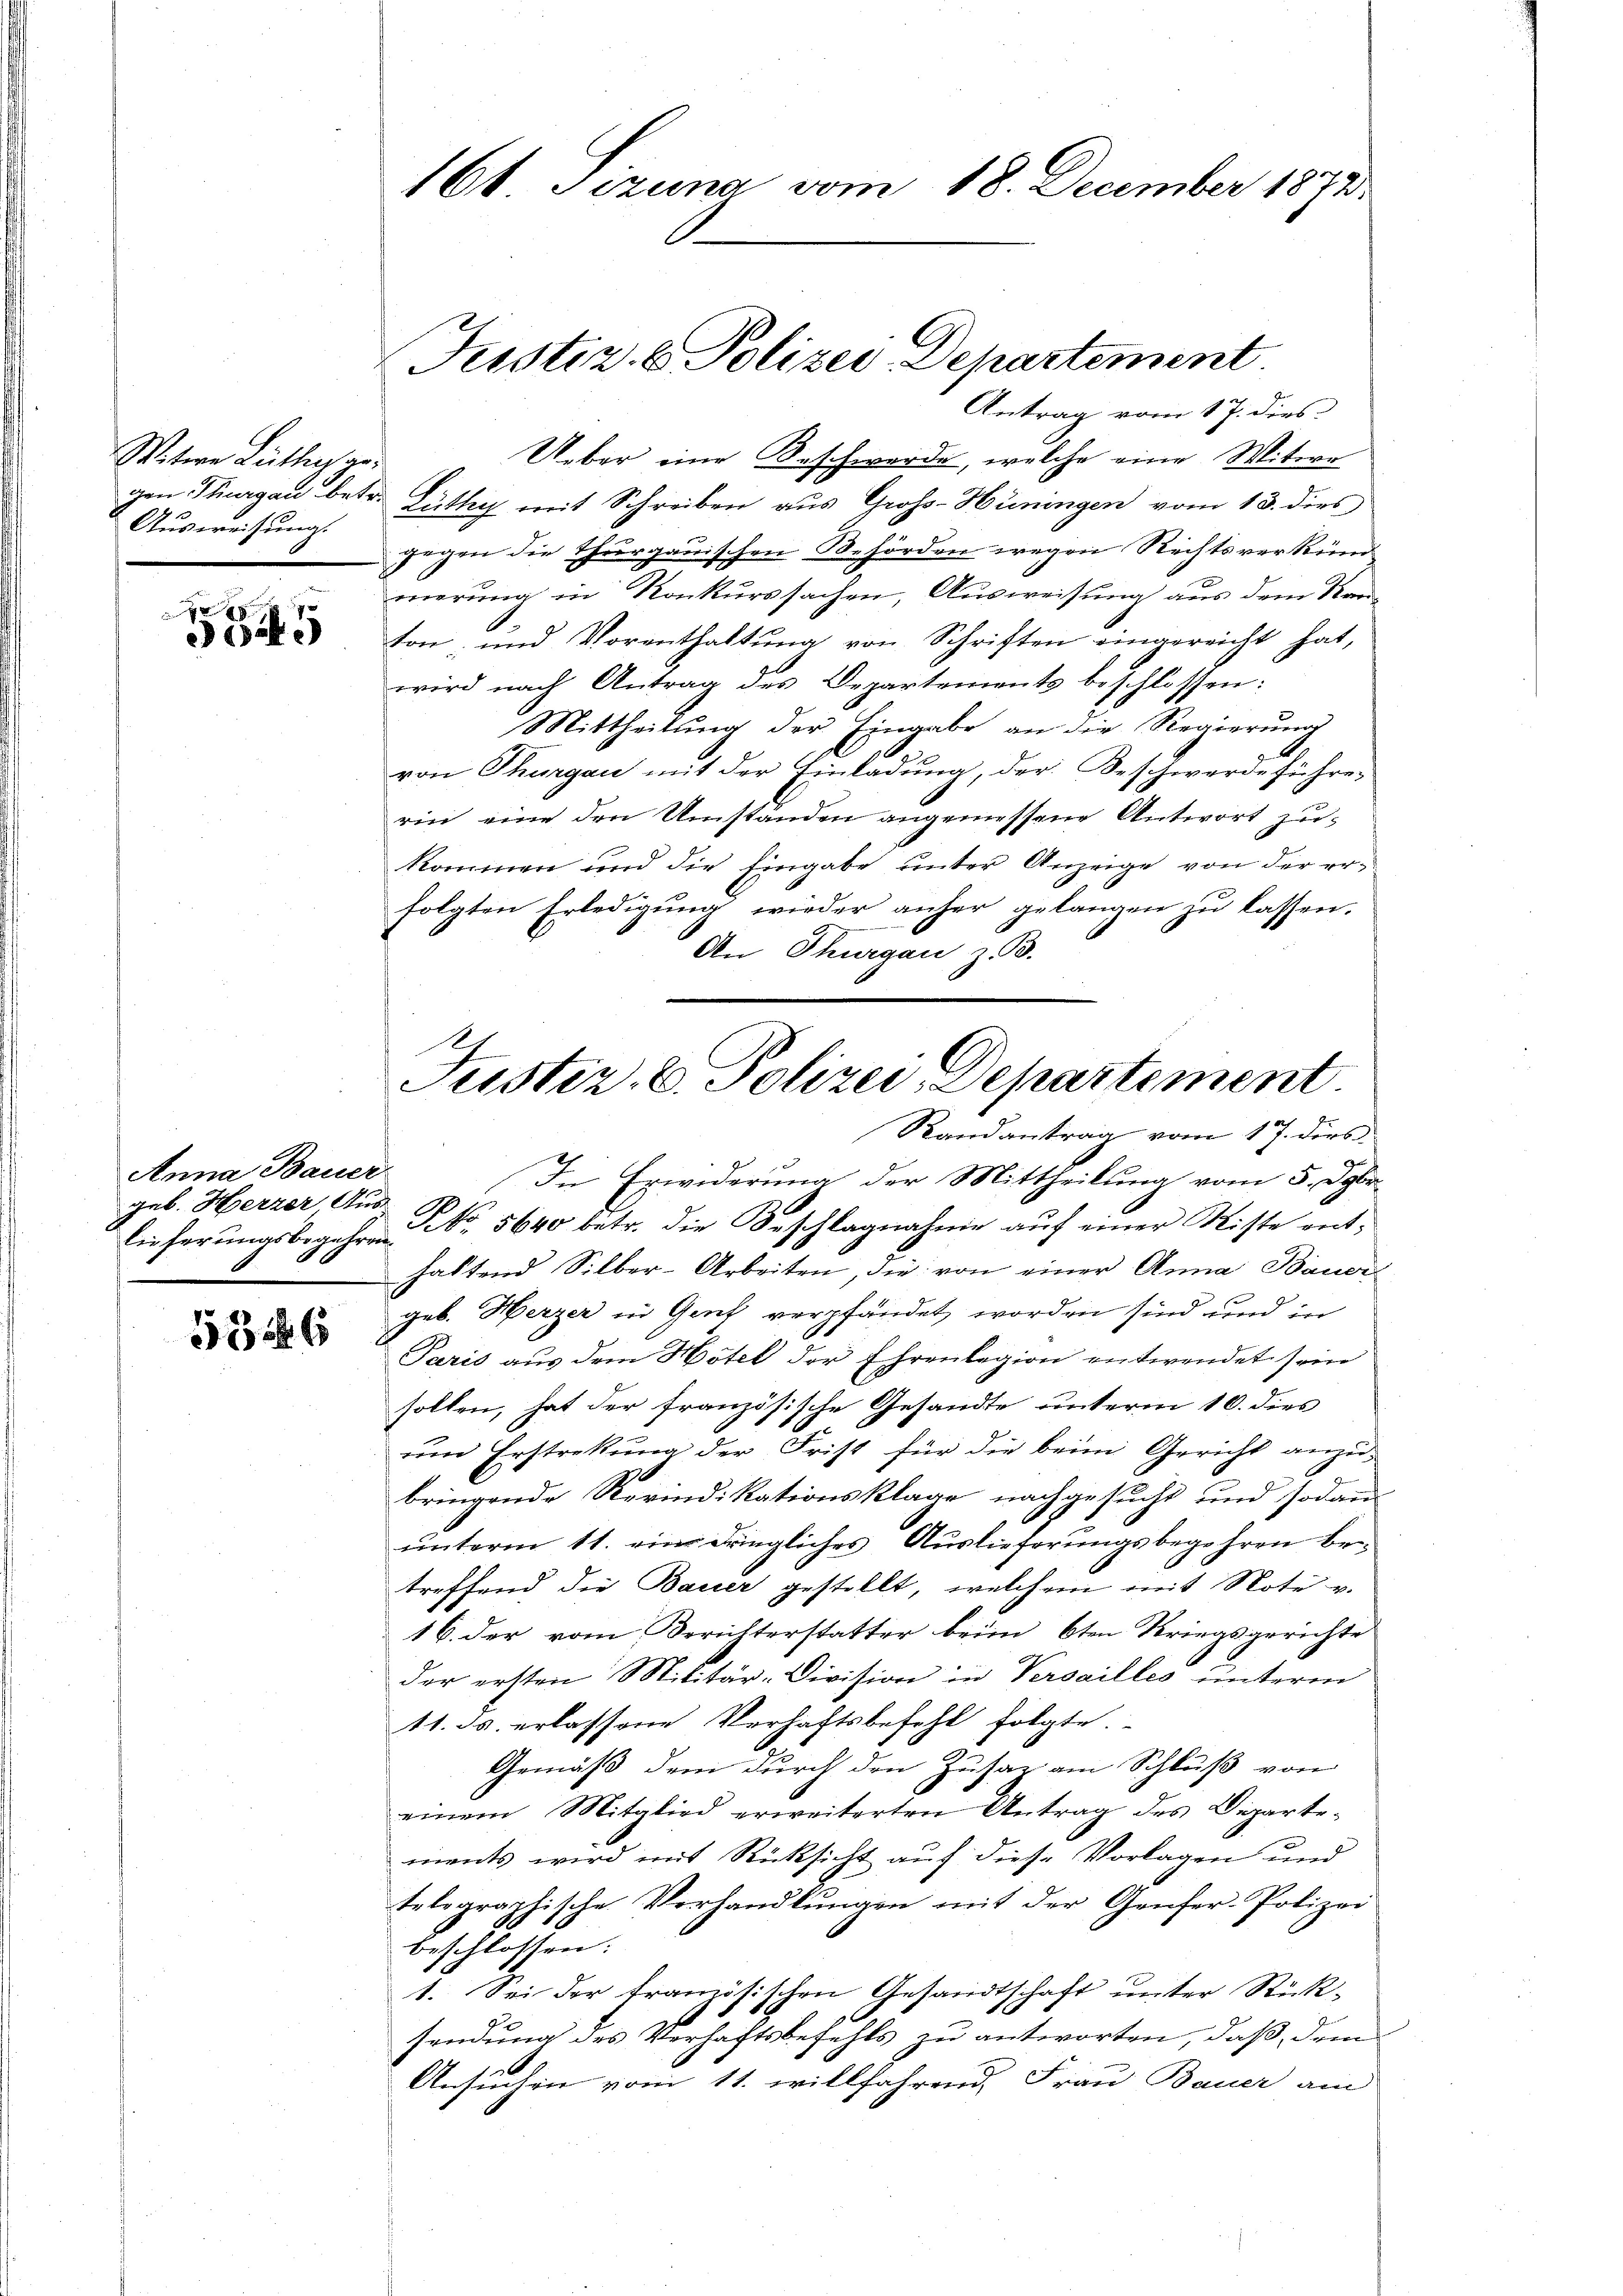
Witwe Lüthig ge-
gen Thurgau betr
Ausweisung.

545

Anna Bauer
geb. Herzer Aus-
lieferungsbegehren

5346

Ueber eine Beschwerde, welche eine Witwe
d. Lüthig mit Schreiben aus Gross-Hüningen vom 13. dies
gegen die Thurgauischen Behörden wegen Rechtsverkund
merung in Konkurssachen, Ausweisung aus dem Kanton und Vorenthaltŭng von Schriften eingereicht hat,
wird nach Antrag des Departements beschlossen:
Mittheilung der Eingabe an die Regierung
von Thurgau mit der Einladung, der Beschwerdeführen
rin eine den Umstanden angemessene Antwort zukommen und die Eingabe unter Anzeige von der erfolgten Erledigung wieder anher gelangen zu lassen.
An Thurgau z. B.

161 Sizung vom 18. December 1873

Justiz- & Polizei Departement
Antrag vom 17. dies

Justiz- u. Polizei Departement
Randantrag vom 17. dies

In Erwiderung der Mittheilung vom 5. Der
No. 5640 betr. die Beschlagnahme aŭf einer Miste enthaltend Silber-Arbeiten, die von einer Anna Bauergeb. Herzer in Genf verpfändet worden sind und in
Paris aus dem Hotel der Ehrenlegion entwendet sein
sollen, hat der französische Gesandte unterm 10. dies
um Erstretung der Frist für die beim Gericht anzu¬
1
bringende Revindikationsklage nachgesucht und sodan
unterm 11. ein dringliches Auslieferungsbegehren betreffend die Bauer gestellt, welchem mit Note v.
16. der vom Berichterstatter beim 6ten Kriegsgerichte
der ersten Militär-Division in Versailles unterm
11. ds. erlassene Verhaftsbefehl folgte.
Gemäß dem durch den Zusatz am Schluß von
einem Mitglied erweiterten Antrag des Diparte-
ments wird mit Rücksicht auf diese Vorlagen und
telegraphische Verhandlungen mit der Genfer-Polizei
beschlossen:
1. Sei der tranzösischen Gesandtschaft unter Rück-
sendung des Verhaftsbefehls zu antworten, daß dem
Ansuchen vom 11. willfahrend, Frau Bauer am